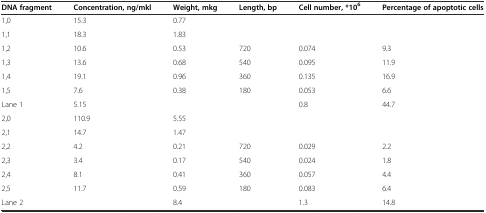
<table><thead><tr><td><b>DNA fragment</b></td><td><b>Concentration, ng/mkl</b></td><td><b>Weight, mkg</b></td><td><b>Length, bp</b></td><td><b>Cell number, *10<sup>6</sup></b></td><td><b>Percentage of apoptotic cells</b></td></tr></thead><tbody><tr><td>1,0</td><td>15.3</td><td>0.77</td><td></td><td></td><td></td></tr><tr><td>1,1</td><td>18.3</td><td>1.83</td><td></td><td></td><td></td></tr><tr><td>1,2</td><td>10.6</td><td>0.53</td><td>720</td><td>0.074</td><td>9.3</td></tr><tr><td>1,3</td><td>13.6</td><td>0.68</td><td>540</td><td>0.095</td><td>11.9</td></tr><tr><td>1,4</td><td>19.1</td><td>0.96</td><td>360</td><td>0.135</td><td>16.9</td></tr><tr><td>1,5</td><td>7.6</td><td>0.38</td><td>180</td><td>0.053</td><td>6.6</td></tr><tr><td>Lane 1</td><td>5.15</td><td></td><td></td><td>0.8</td><td>44.7</td></tr><tr><td>2,0</td><td>110.9</td><td>5.55</td><td></td><td></td><td></td></tr><tr><td>2,1</td><td>14.7</td><td>1.47</td><td></td><td></td><td></td></tr><tr><td>2,2</td><td>4.2</td><td>0.21</td><td>720</td><td>0.029</td><td>2.2</td></tr><tr><td>2,3</td><td>3.4</td><td>0.17</td><td>540</td><td>0.024</td><td>1.8</td></tr><tr><td>2,4</td><td>8.1</td><td>0.41</td><td>360</td><td>0.057</td><td>4.4</td></tr><tr><td>2,5</td><td>11.7</td><td>0.59</td><td>180</td><td>0.083</td><td>6.4</td></tr><tr><td>Lane 2</td><td></td><td>8.4</td><td></td><td>1.3</td><td>14.8</td></tr></tbody></table>